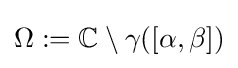
\Omega :=\mathbb {C} \setminus \gamma ([\alpha ,\beta ])